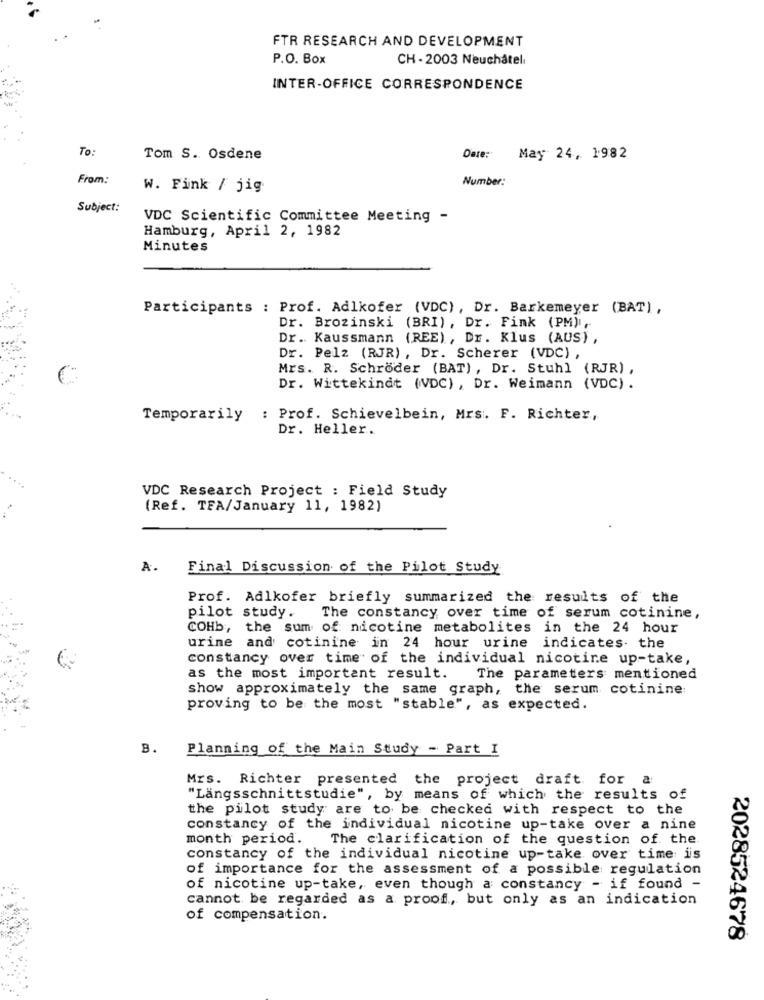
FTR RESEARCH AND DEVELOPMENT
P.O. Box
CH - 2003 Neuchâtel
INTER-OFFICE CORRESPONDENCE
To:
Tom S. Osdene
Date:
May 24, 1982
From:
Number:
W. Fink / jig
Subject:
VDC Scientific Committee Meeting -
Hamburg, April 2, 1982
Minutes
Participants : Prof. Adlkofer (VDC), Dr. Barkemeyer (BAT),
Dr. Brozinski (BRI), Dr. Fink (PM),
Dr. Kaussmann (REE), Dr. Klus (AUS) ,
Dr. Pelz (RJR), Dr. Scherer (VDC) ,
Mrs. R. Schröder (BAT), Dr. Stuhl (RJR) ,
Dr. Wittekindt (VDC), Dr. Weimann (VDC) .
Temporarily : Prof. Schievelbein, Mrs. F. Richter,
Dr. Heller.
VDC Research Project : Field Study
(Ref. TFA/January 11, 1982)
A.
Final Discussion of the Pilot Study
Prof. Adlkofer briefly summarized the results of the
pilot study.
The constancy over time of serum cotinine,
COHb, the sum of nicotine metabolites in the 24 hour
urine and cotinine in 24 hour urine indicates the
constancy over time of the individual nicotine up-take,
as the most important result.
The parameters mentioned
show approximately the same graph, the serum cotinine
proving to be the most "stable", as expected.
B.
Planning of the Main Study - Part I
Mrs. Richter presented the project draft for a
"Langsschnittstudie", by means of which the results of
the pilot study are to be checked with respect to the
constancy of the individual nicotine up-take over a nine
month period.
The clarification of the question of the.
constancy of the individual nicotine up-take over time is
of importance for the assessment of a possible regulation
of nicotine up-take, even though a: constancy - if found -
cannot be regarded as a proof, but only as an indication
of compensation.
2028524678